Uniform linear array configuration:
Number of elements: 32
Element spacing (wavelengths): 0.75
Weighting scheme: hann
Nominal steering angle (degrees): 45
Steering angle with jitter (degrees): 43.722
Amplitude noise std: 0.05
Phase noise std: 0.05

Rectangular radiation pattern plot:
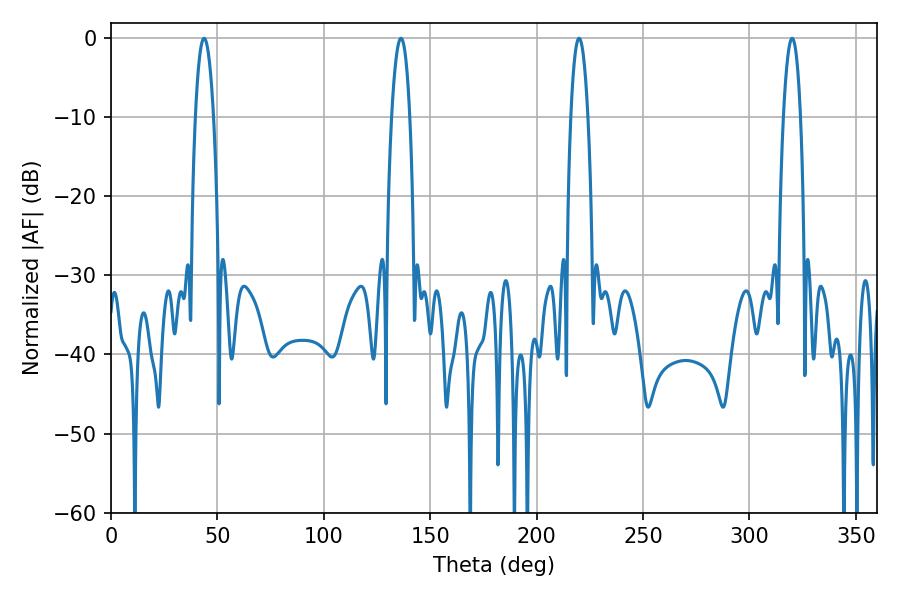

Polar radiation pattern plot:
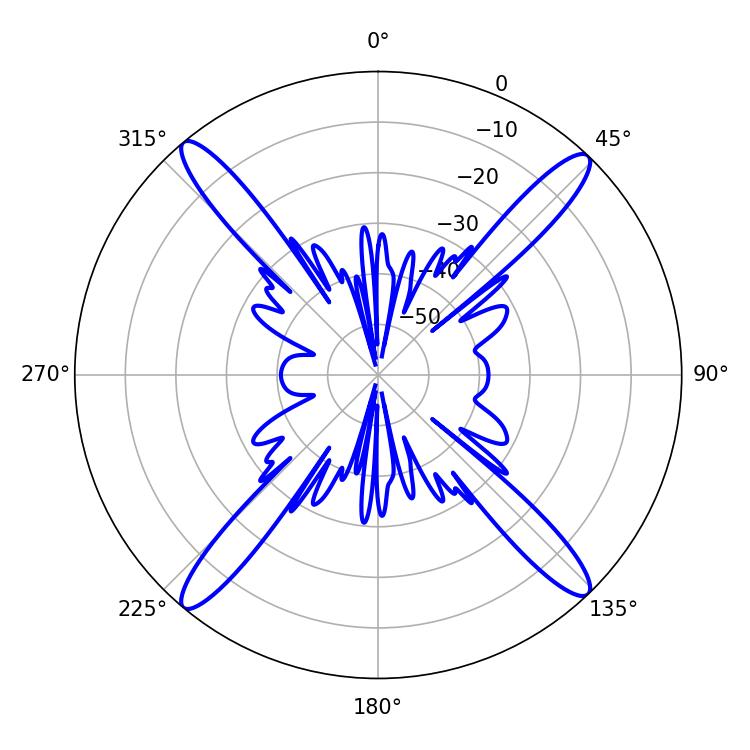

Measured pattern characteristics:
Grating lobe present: TRUE
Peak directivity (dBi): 21.077
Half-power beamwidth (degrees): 4.68
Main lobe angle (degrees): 43.74